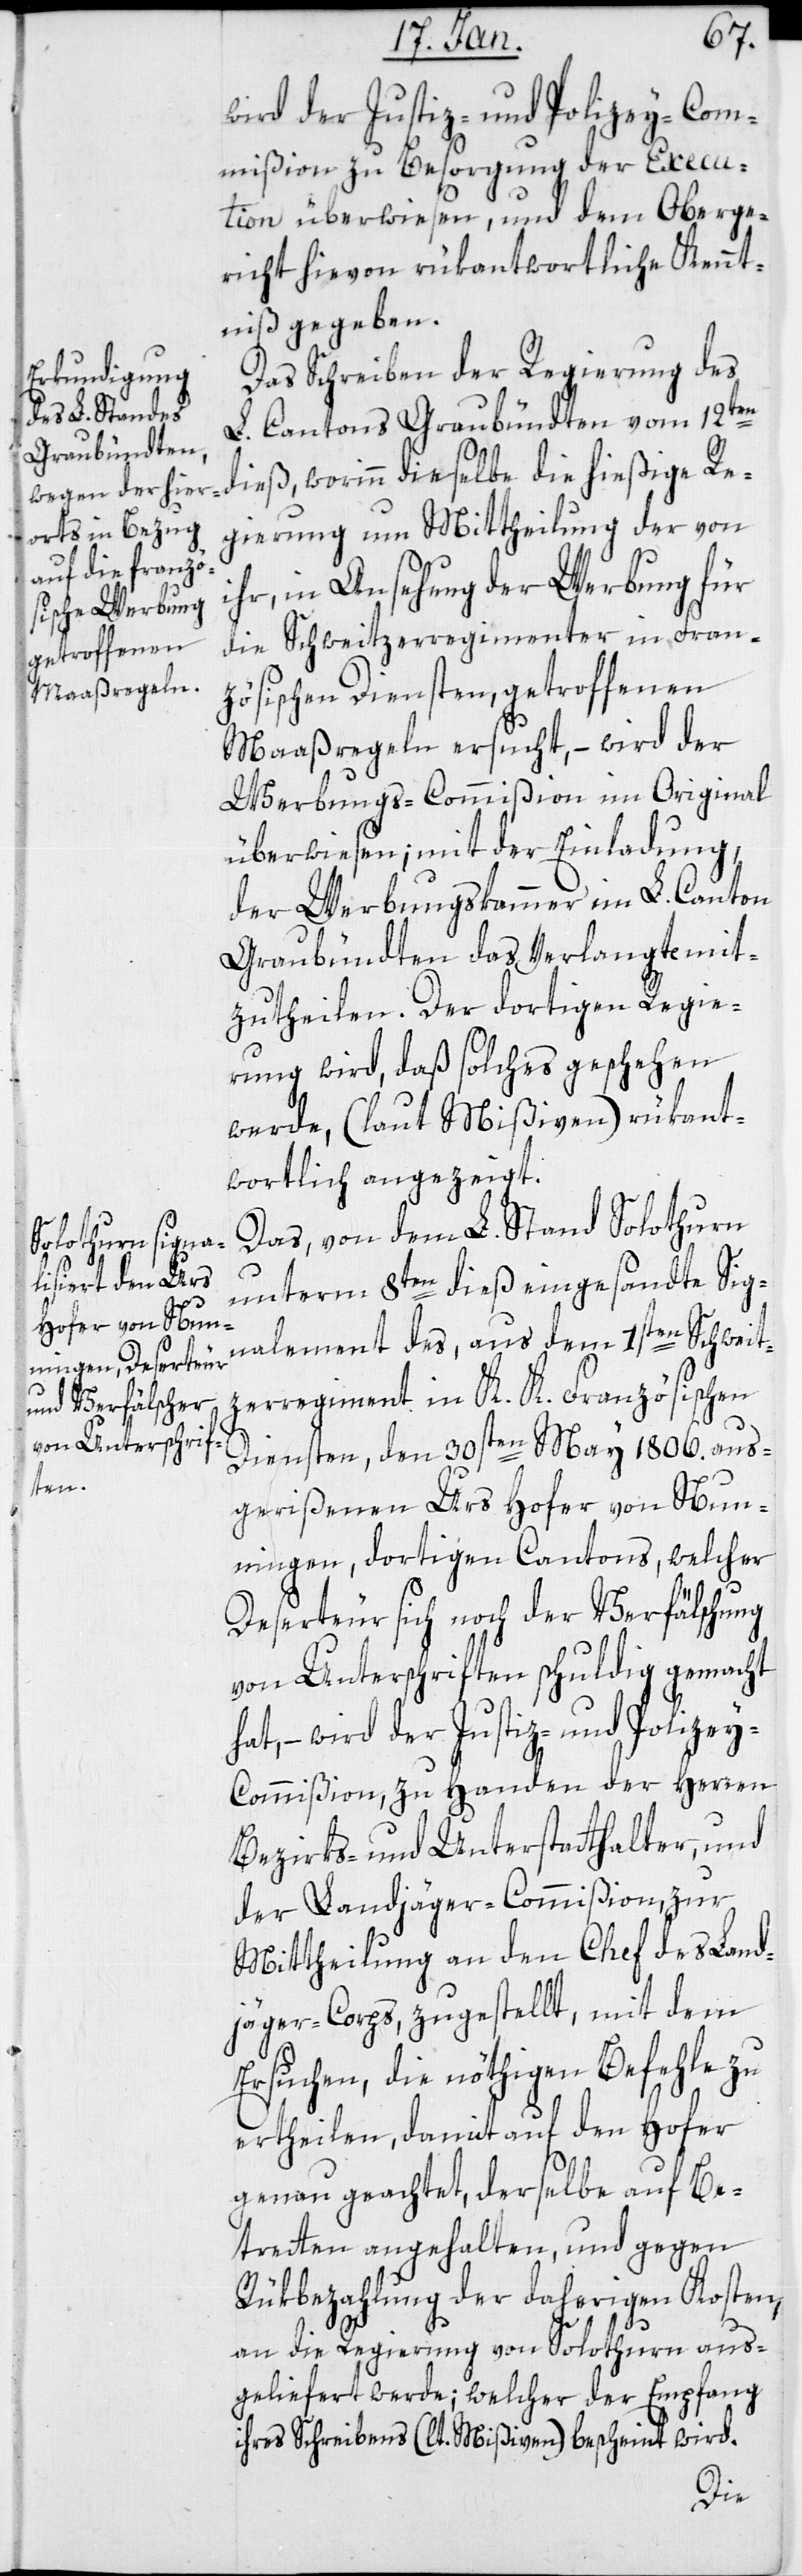
wird der Justiz- und Polizey-Com¬
mißion zu Besorgung der Execu¬
tion überwiesen, und dem Oberge¬
richt hievon rükantwortlich Kennt¬
niß gegeben.
Das Schreiben der Regierung des
L. Cantons Graubündten vom 12ten
dieß, worinn dieselbe die hießige Re¬
gierung um Mittheilung der von
ihr, in Ansehung der Werbung für
die Schweitzerregimenter in Fran¬
zösischen Diensten, getroffenen
Maaßregeln ersucht, – wird der
Werbungs-Commißion im Original
überwiesen; mit der Einladung,
der Werbungskammer im L. Canton
Graubündten das Verlangte mit¬
zutheilen. Der dortigen Regie¬
rung wird, daß solches geschehen
werde, (laut Mißiven) rükant¬
wortlich angezeigt.
Das, von dem L. Stand Solothurn
unterm 8ten dieß eingesandte Sig¬
nalement des, aus dem 1sten Schweit¬
zerregiment in K. K. Französischen
Diensten, den 30sten May 1806. aus¬
gerißenen Urs Hofer von Nun¬
ningen, dortigen Cantons, welcher
Deserteur sich noch der Verfälschung
von Unterschriften schuldig gemacht
hat, – wird der Justiz- und Polizey-C¬
ommißion, zu Handen der Herren
Bezirks- und Unterstatthalter, und
der Landjäger-Commißion, zur
Mittheilung an den Chef des Land¬
jäger-Corps, zugestellt, mit dem
Ersuchen, die nöthigen Befehle zu
ertheilen, damit auf den Hofer
genau geachtet, derselbe auf Be¬
tretten angehalten, und gegen
Rükbezahlung der daherigen Kosten,
an die Regierung von Solothurn aus¬
geliefert werde; welcher der Empfang
ihres Schreibens (lt. Mißiven) bescheint wird.